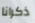
ذكرانا